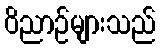
ဝိညာဉ်များသည်